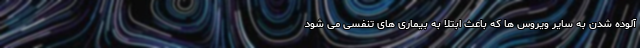
آلوده شدن به سایر ویروس ها که باعث ابتلا به بیماری های تنفسی می شود